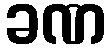
ခဏ